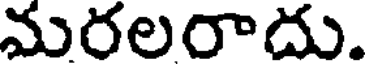
మరలరాదు.